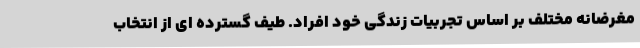
مغرضانه مختلف بر اساس تجربیات زندگی خود افراد. طیف گسترده ای از انتخاب